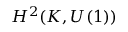
H ^ { 2 } ( K , U ( 1 ) )